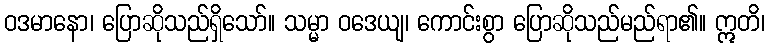
ဝဒမာနော၊ ပြောဆိုသည်ရှိသော်။ သမ္မာ ဝဒေယျ၊ ကောင်းစွာ ပြောဆိုသည်မည်ရာ၏။ ဣတိ၊